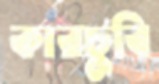
কারচুবি